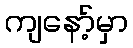
ကျနော့်မှာ